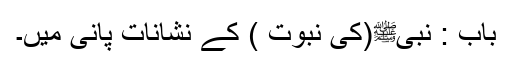
باب : نبیﷺ(کی نبوت ) کے نشانات پانی میں۔